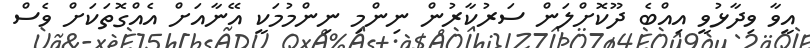
އީވާ ވިދާޅުވީ އިއްބެ ދޫކޮށްލަން ސަރުކާރުން ނިންމި ނިންމުމަކީ އޭނާއަށް އެއްގޮތަކަށް ވެސް